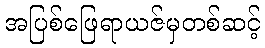
အပြစ်ဖြေရာယဇ်မှတစ်ဆင့်